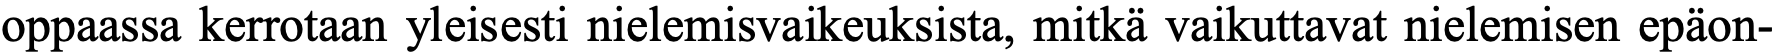
oppaassa kerrotaan yleisesti nielemisvaikeuksista, mitkä vaikuttavat nielemisen epäon-